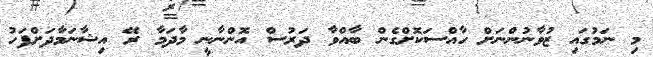
މި ނަމުގައި ޒުވާނުންނަށް ހާއްސަކޮށްގެން ބާއްވާ ދަރުސް އޮންނާނީ މާދަމާ ރޭ އިޝާނަމާދަށްފަހު